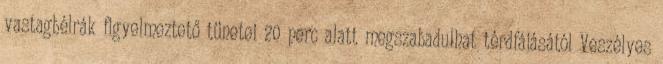
vastagbélrák figyelmeztető tünetei 20 perc alatt megszabadulhat térdfájásától Veszélyes